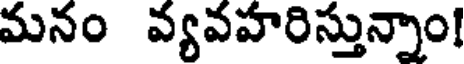
మనం వ్యవహరిస్తున్నాం!